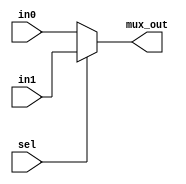
module multiplexor #(
   parameter WIDTH = 5 // Address Parameter 
)
 ( 
     // Define Inputs
    input [WIDTH-1:0] in0 , in1,
    input sel,
    output reg [WIDTH-1:0] mux_out  // Define Output
);
    
always @(*) begin
    if (sel) begin
        mux_out=in1;
    end
    else begin
        mux_out=in0;
    end
end
endmodule